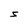
Character: 5